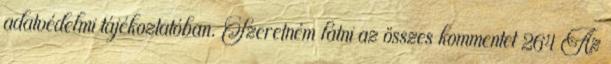
adatvédelmi tájékoztatóban. Szeretném látni az összes kommentet 264 Az